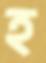
হ